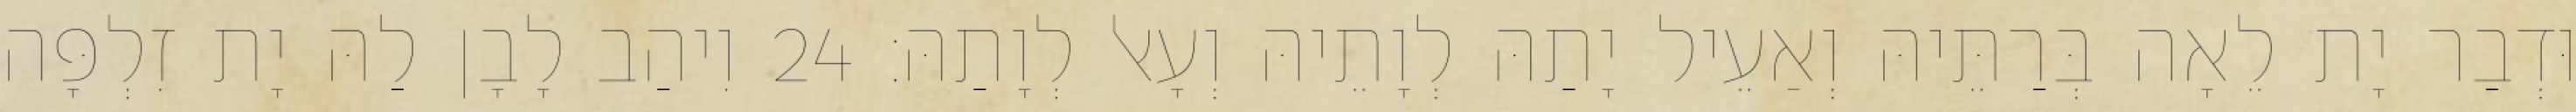
וּדְבַר יָת לֵאָה בְּרַתֵּיהּ וְאַעֵיל יָתַהּ לְוָתֵיהּ וְעָאל לְוָתַהּ׃ 24 וִיהַב לָבָן לַהּ יָת זִלְפָּה